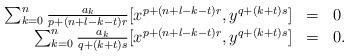
LaTeX: \begin{align*}\begin{array}{rcl}\sum_{k=0}^{n}\frac{a_k}{p+(n+l-k-t)r}[x^{p+(n+l-k-t)r}, y^{q+(k+t)s}] & = & 0 \\\sum_{k=0}^{n}\frac{a_k}{q+(k+t)s}[x^{p+(n+l-k-t)r}, y^{q+(k+t)s}] & = & 0.\end{array}\end{align*}